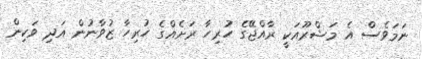
ނަމަވެސް އެ މަޝްރޫއަކީ ރާއްޖޭގެ ހުރިހާ ރަށެއްގެ ހުރިހާ ޒުވާނުން އަދި ވަކިން